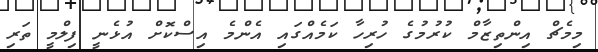
މިމެޗް އިންތިޒާމް ކުރުމުގެ ހުރިހާ ކަމެއްގައި އެންމެ އިސްކޮށް އުޅެނީ ފިލްމީ ތަރި